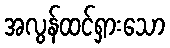
အလွန်ထင်ရှားသော